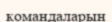
командаларын